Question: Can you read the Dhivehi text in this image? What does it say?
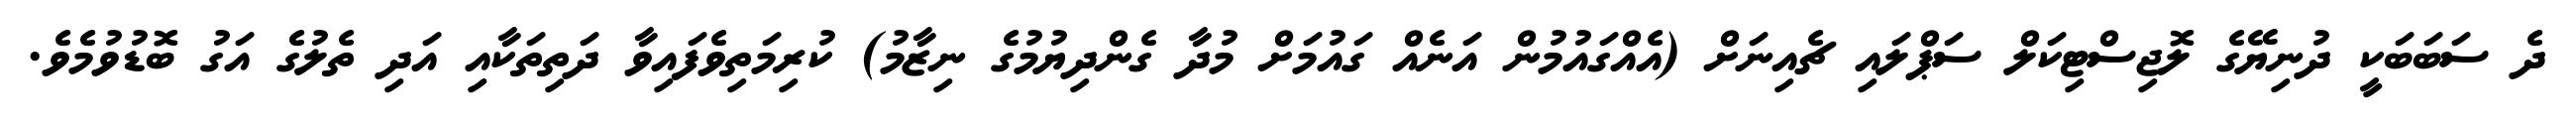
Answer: ދެ ސަބަބަކީ ދުނިޔޭގެ ލޮޖިސްޓިކަލް ސަޕްލައި ޗެއިނަށް (އެއްގައުމުން އަނެއް ގައުމަށް މުދާ ގެންދިޔުމުގެ ނިޒާމު) ކުރިމަތިވެފައިވާ ދަތިތަކާއި އަދި ތެލުގެ އަގު ބޮޑުވުމެވެ.